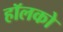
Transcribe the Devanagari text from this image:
हॉलको